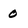
Character: 0